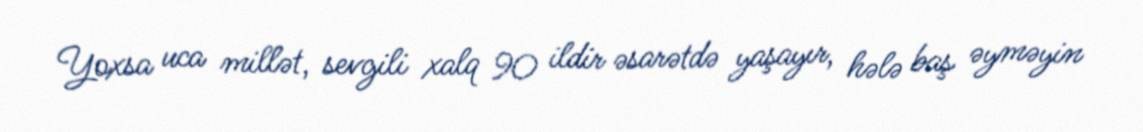
Yoxsa uca millət, sevgili xalq 90 ildir əsarətdə yaşayır, hələ baş əyməyin